65_HS1-834228961_62-HQ-83894_Section_9
Agency: FBI
Page 165
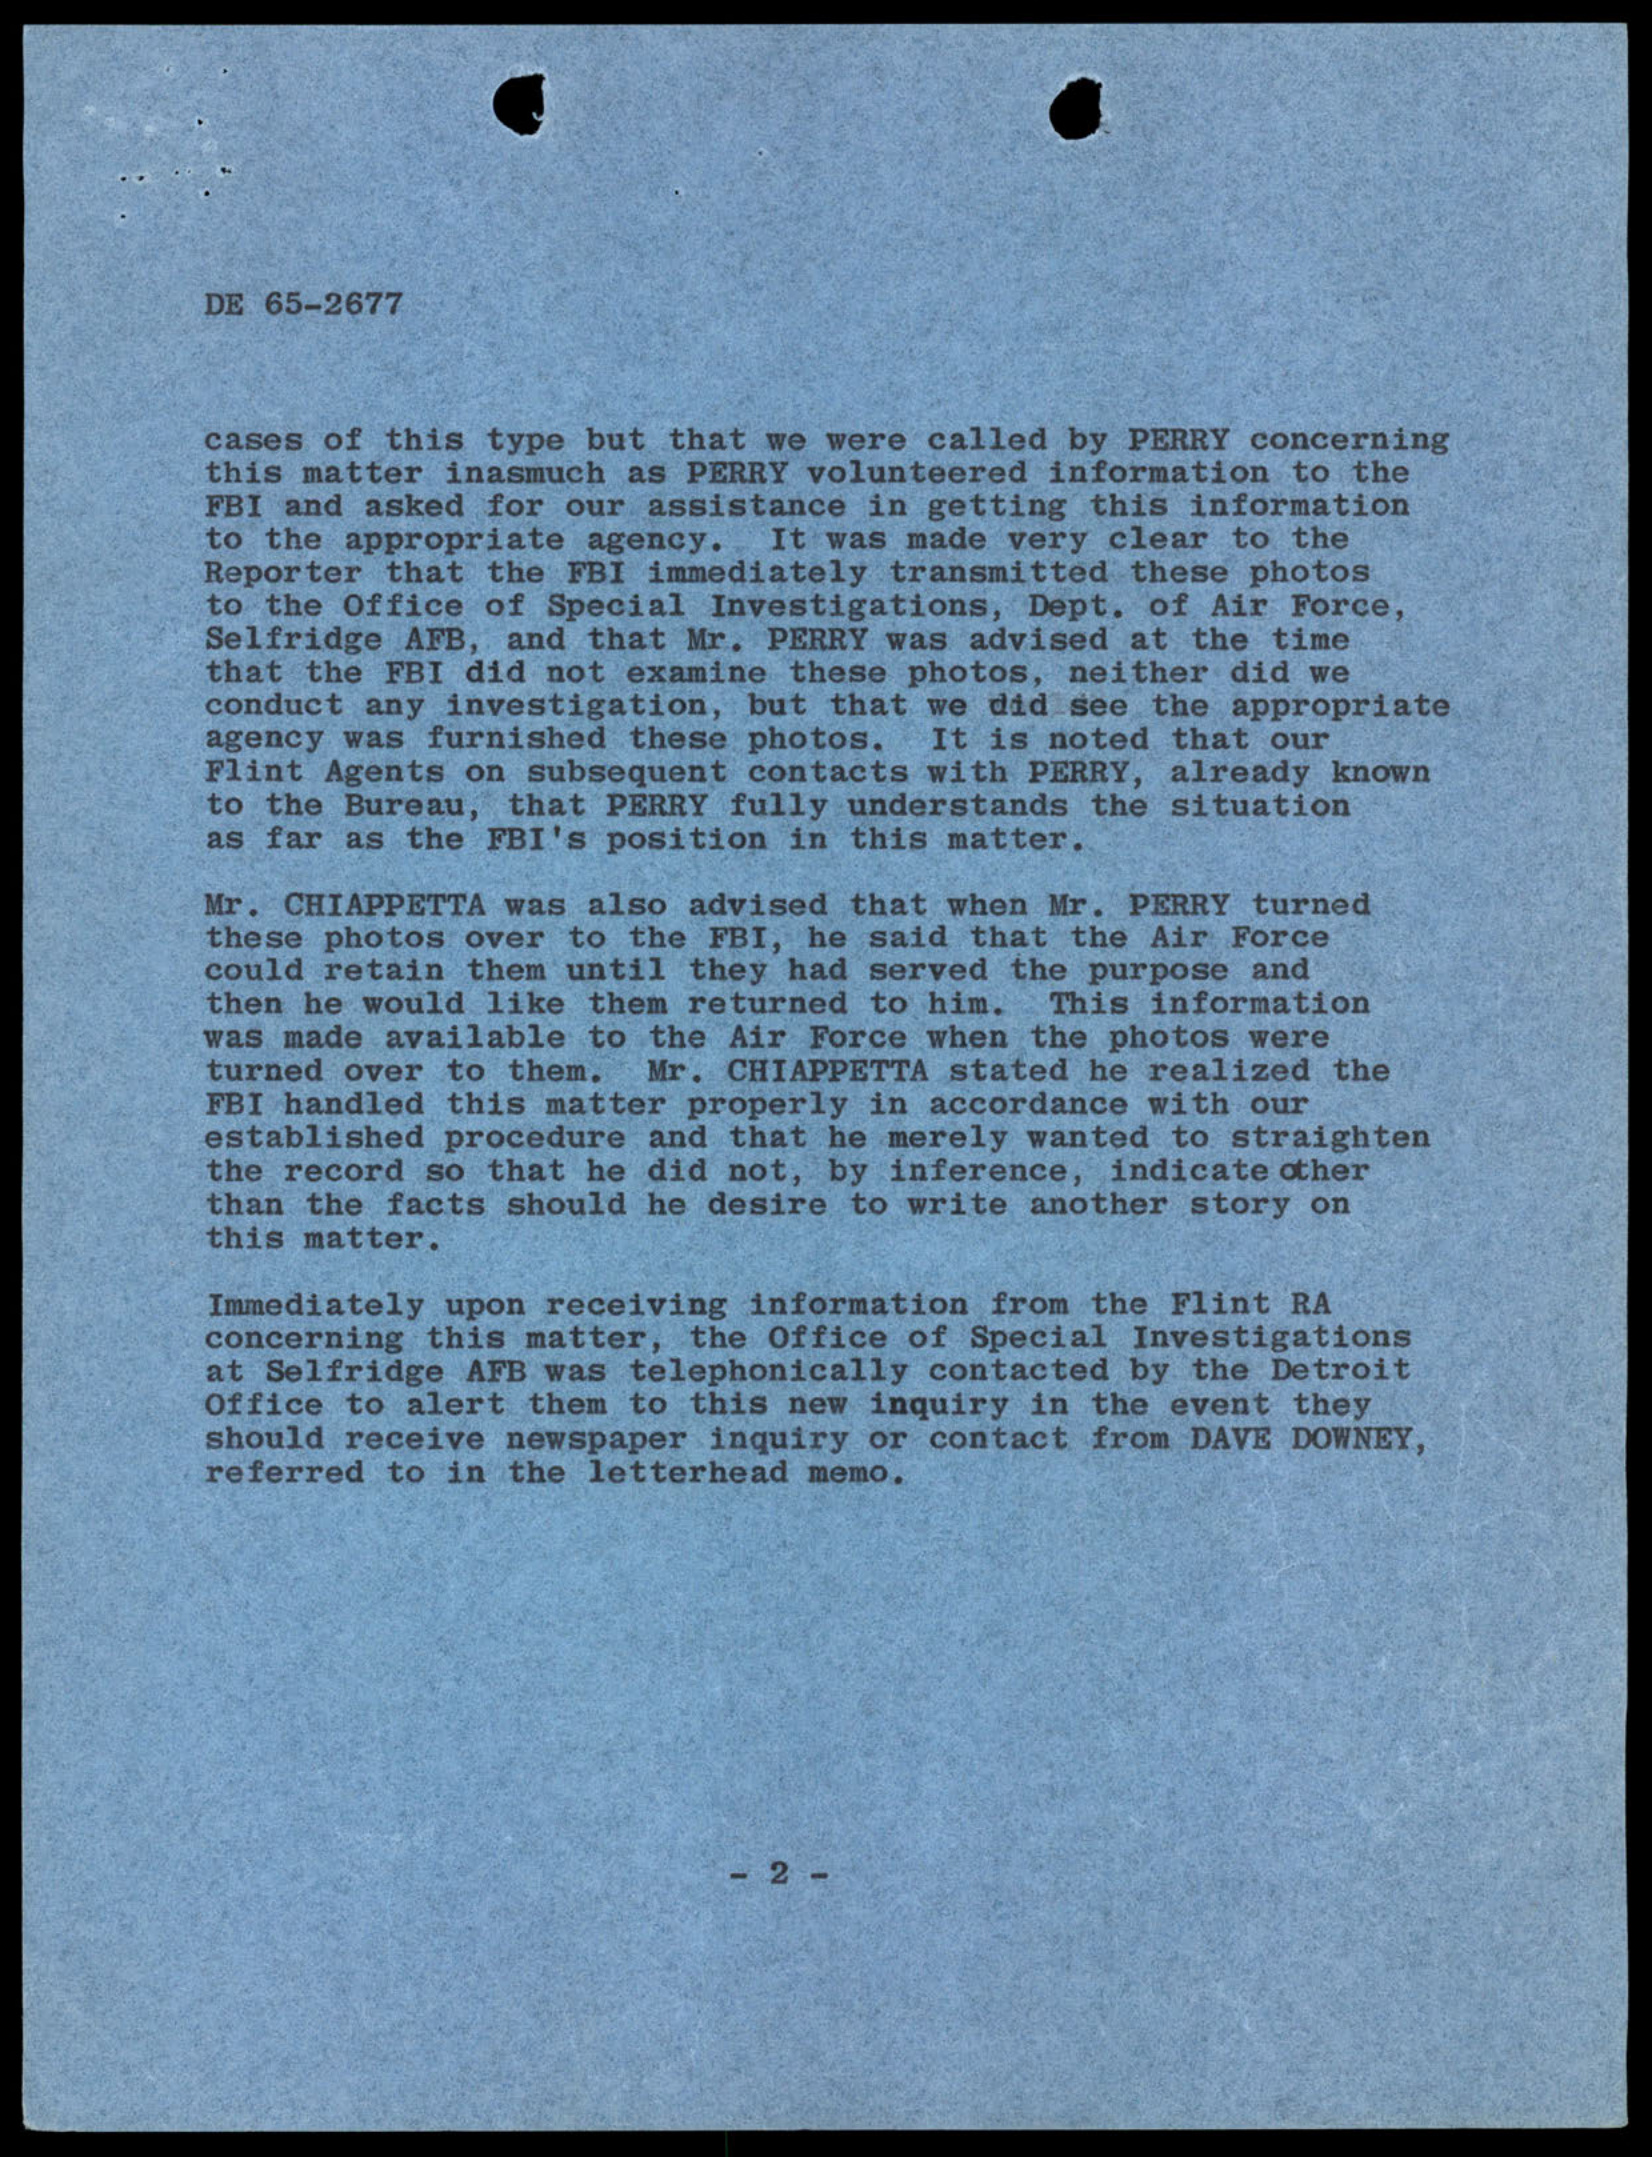